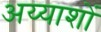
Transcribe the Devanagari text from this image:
अय्याशों